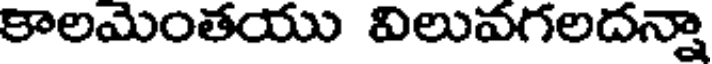
కాలమెంతయు విలువగలదన్నా